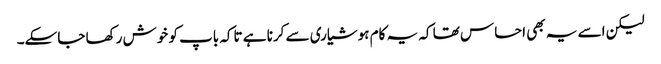
لیکن اسے یہ بھی احساس تھا کہ یہ کام ہوشیاری سے کرنا ہے تاکہ باپ کو خوش رکھا جاسکے۔